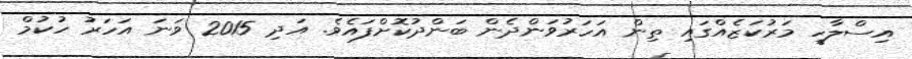
އިސްލާހީ މަރުކަޒެއްގައި ތިން އަހަރުވަންދެން ބަންދުކޮށްފައެވެ. އަދި 2015 ވަނަ އަހަރު ހުކުމް